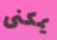
يمكنى